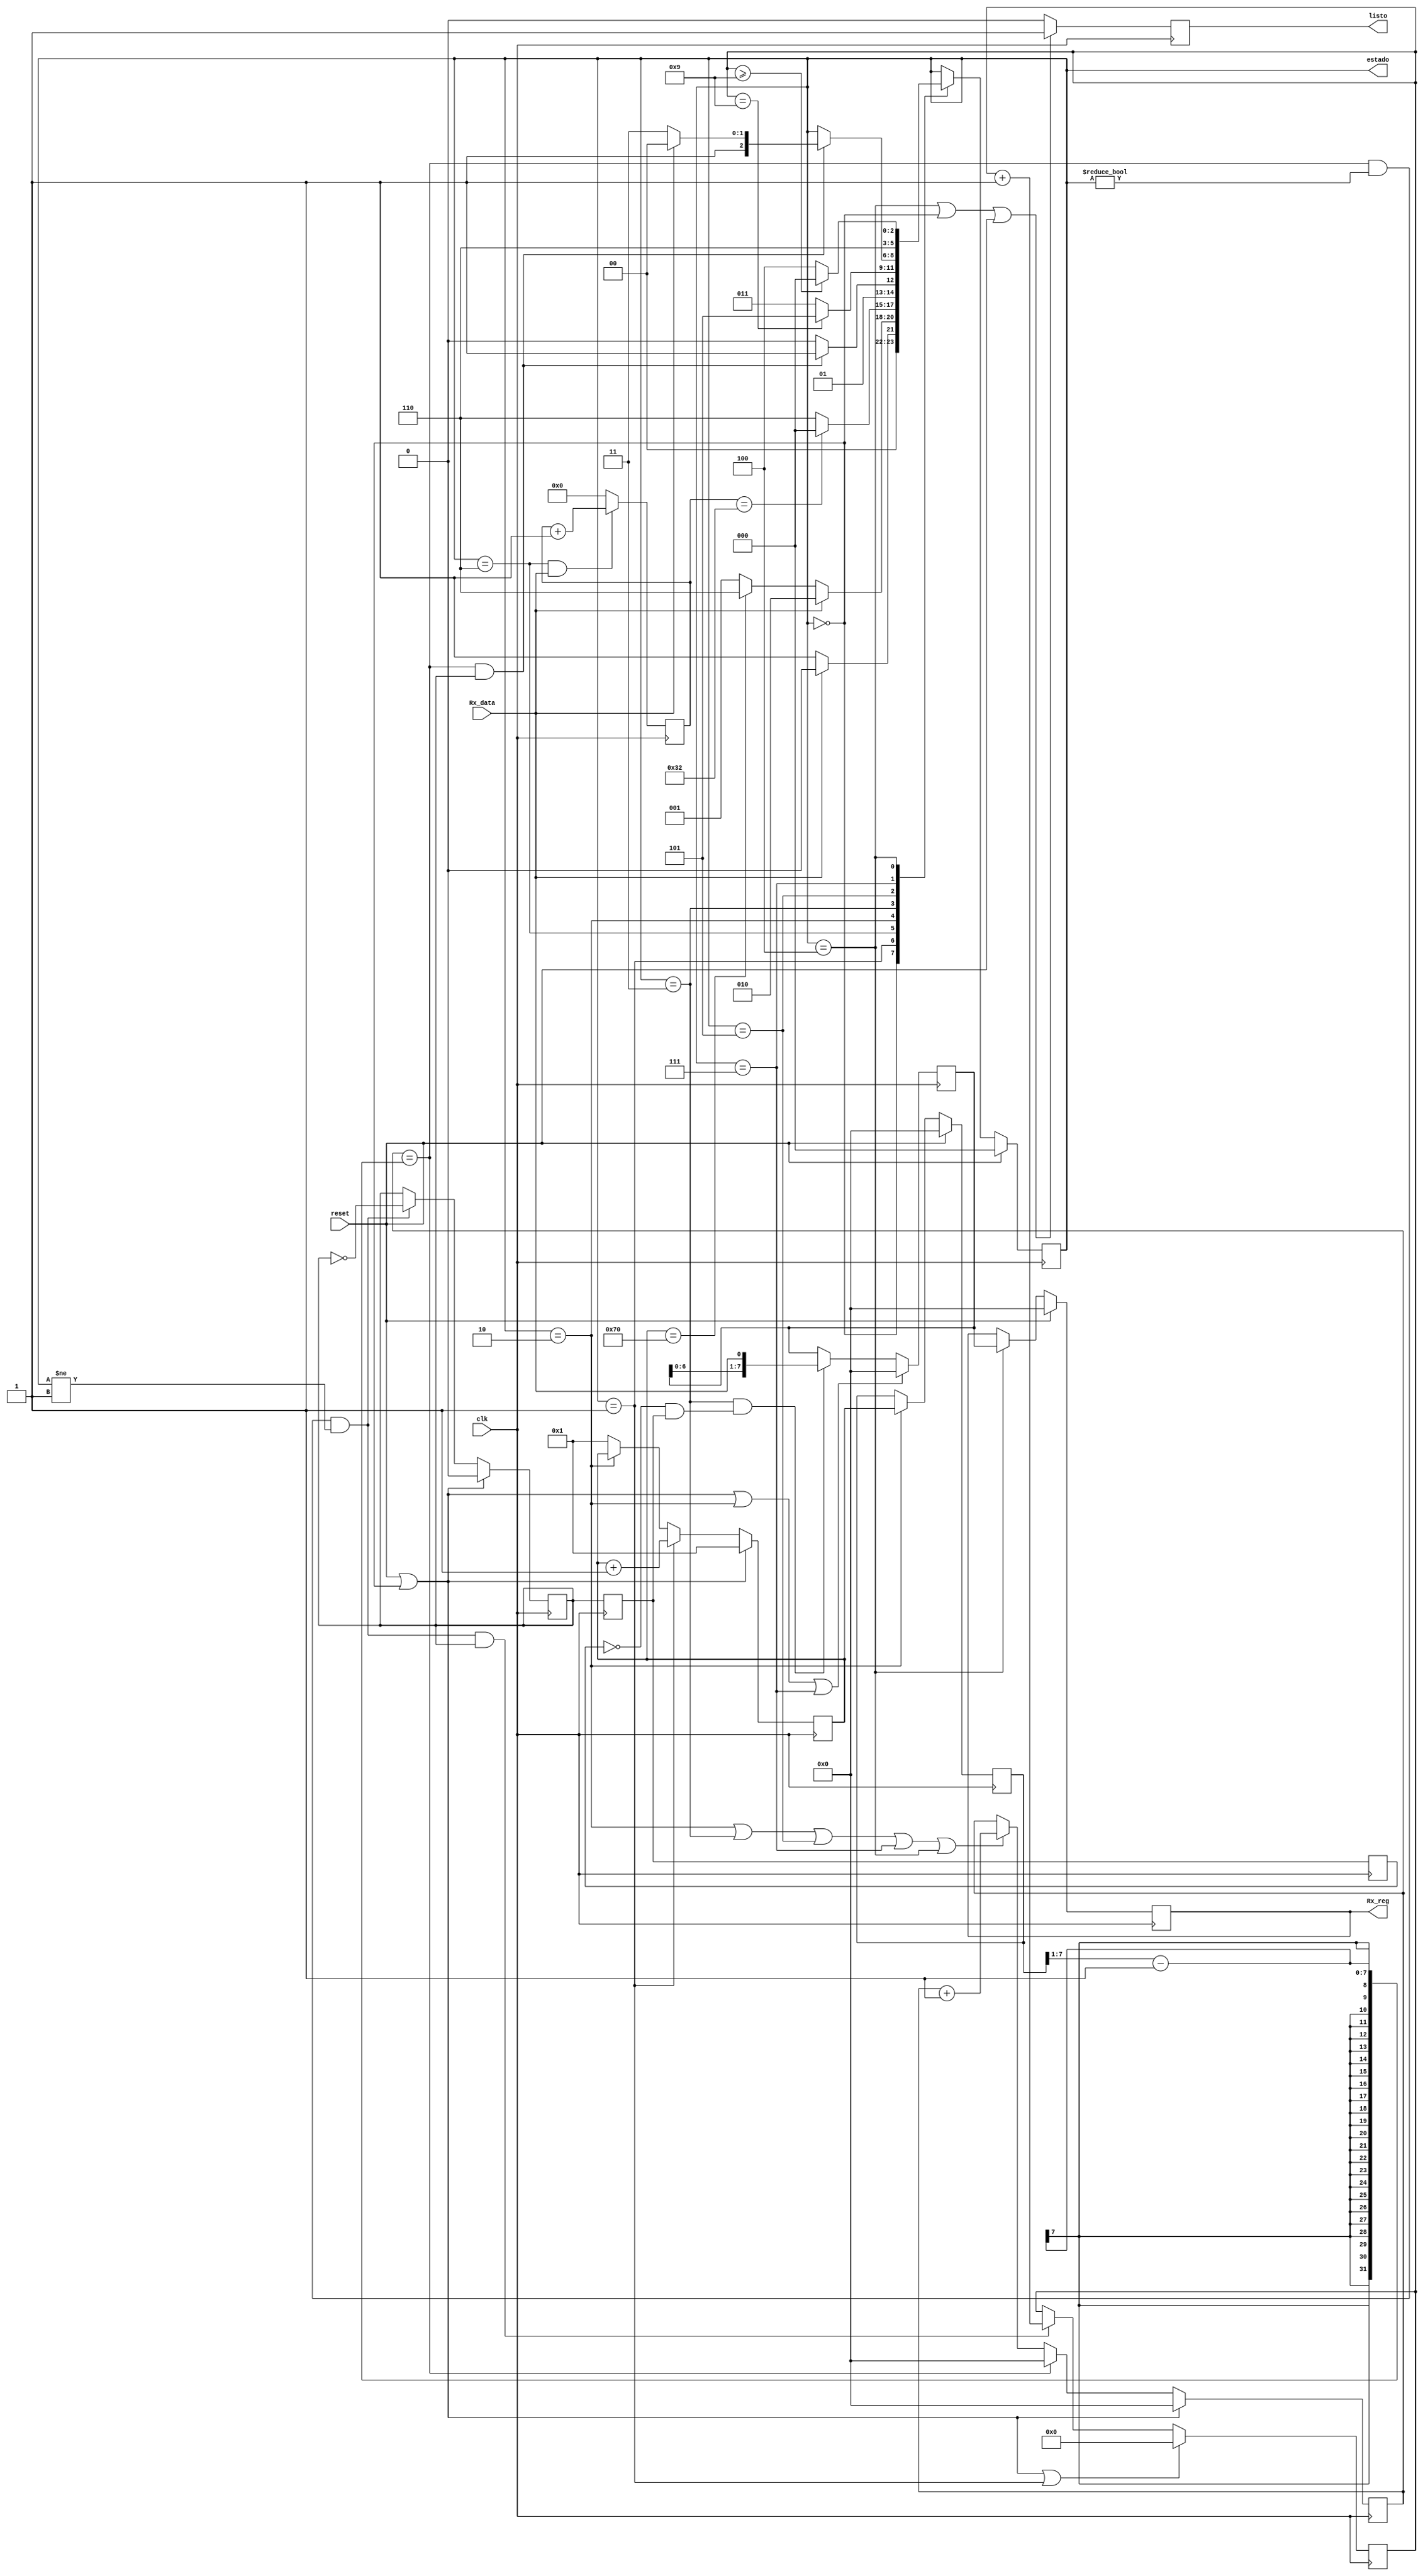



//`timescale 10ns/1ps
//Descripcion del modoulo:Modulo para recibir uart y ajustar reloj de lectura de datos de acuerdo a frecuencia de envio de cada
//microcontrolador, el cual envia datos a 3.3 us de BIT rate. El microcontralor inicia el envio de datos enviando un 0 y luego un 1
//como start bits, luego envia la seal de voltaje del adc en los siguientes 8 bits en donde el MSB se envia primero. Finalmente
//envia un 1 como stop bit y espera 10 us para el siguiente ciclo de datos que es lo que tarda el adc en capturar el voltaje.
//En total el proceso entre cada dato es de 43 us app.
//El modulo captura los 8 bit de acuerdo al protocolo de envio del microcontrolador y los guarda en el registro Rx_reg una vez
//que se termina una adquisicion exitosa. Si esta resulta en error (stop bit no coincide) se descarta y vuelve a esperar el 
//por otra transmision un tiempo dado por el el registro Max_count

module uart_8bit(Rx_data,clk,Rx_reg,reset,listo,estado);
parameter max_count_bit = 7;
parameter espera = 3'b000;
parameter inicio_lectura = 3'b001;//Se detecta bit de inicio de transimion
parameter nuevo_reloj=3'b010;//Estado de ajuste del nuevo reloj basado en los 2 primeros bits de inicio de transmision
parameter escritura = 3'b011;// Estado en donde se reciben los datos y se guardan en un buffer
parameter fin_recepcion = 3'b100;//Estado en donde se termina de recibir, y el modulo enva aviso de que la lectura esta terminada y pasara al modo de espera
parameter check = 3'b101;//Estado en donde se termina de recibir, y el modulo enva aviso de que la lectura esta terminada y pasara al modo de espera
parameter error_lectura = 3'b111;//Estado en donde se termina de recibir, y el modulo enva aviso de que la lectura esta terminada y pasara al modo de espera
parameter sync = 3'b110;//Estado cuando todo sale mal...debo leer 3 unos seguidos
parameter default_count = 7'd50;

parameter espera_error = 5'b00010;//contador del c_nclk hasta volver al estado de espera en caso de error de lectura
parameter start_bit = 1'b0;
parameter start_bit2 = 1'b1;
parameter Max_count = 8'b0111_0000;//80
parameter stop_bit = 1'b1;

output listo;//Flag que avisa cuando se termina de recibir los 8 bits
output [7:0]Rx_reg;
input reset;
input clk;
input Rx_data; //Dato que se recibe desde el micro, se lee en todo momento
output [2:0]estado;



//reg data;
reg [7:0]Rx_total;//Salida y registro donde se almacenan los bits recibidos, se borra una vez comienza el proceso de 

reg[max_count_bit:0]count_clk;//contador que determina nuevo reloj
reg[4:0]count_bit=5'b00000;//Cuenta cada posedge de nclk que coincide con los bits leidos -1
reg [2:0] Rx_state; //Estados que definen comportamiento del modulo
reg [7:0]Rx_reg;//Registro que almacena cada muestra exitosa
initial Rx_reg = 0;
reg listo; //Indica cuando una  medicion esta lista
reg[max_count_bit:0]count_clk2;
reg [max_count_bit:0]reg_count;
initial reg_count = 0;
reg nclk;
reg [4:0]c_nclk; //Contador de numeros de ciclos del nuevo reloj , que seran 20 
reg [6:0]sync_count;//Contador para el nuevo estado
initial sync_count = 0;
assign estado = Rx_state;
reg r1,r2;
initial Rx_state = error_lectura;


always @(posedge clk)r1<=nclk;
always @(posedge clk)r2<= r1;
assign nclk2 = !r2&&r1;
//////// Syncronization
/*
initial sync = 2'b00;
initial DATA = 1'b1;
initial Rx_total = 8'h00;
*/
////////////////
/////////////Determination what data is

//adj_clk

always@(posedge clk)
if(reset||(Rx_state==espera)) 
	count_clk<=1;
else if(Rx_state==inicio_lectura)
	count_clk<=count_clk+1;
else if(Rx_state==nuevo_reloj)
	count_clk<=count_clk;//Dejo de contar y tomo la cantidad para el nuevo reloj
else 
	count_clk<=1;

//Registro que almacena duracin del dato 

always@(posedge clk)
if(reset) 
	reg_count <=0;
else if(Rx_state==nuevo_reloj)
	reg_count<=count_clk;
else 
	reg_count<=reg_count;

//Contador para el nuevo relok nclk

always@(posedge clk)
if(reset||Rx_state==espera)
	count_clk2<=0;
else if(count_clk2==((reg_count>>1)-1)) 
	count_clk2<=0;
else if(Rx_state==nuevo_reloj||Rx_state==escritura||Rx_state==check||Rx_state==error_lectura||Rx_state==fin_recepcion)
	count_clk2<= count_clk2+1;
else
	count_clk2<=count_clk2;

//Nuevo reloj basado en el contador del primer star bit

always@(posedge clk)
if(reset||(Rx_state==espera))
	nclk<=0;
else if(count_clk2==((reg_count>>1)-1)&&Rx_state!=espera&&Rx_state!=inicio_lectura)
	nclk<=~nclk;
else 
	nclk<=nclk;

always@(posedge clk)
if(reset||(Rx_state==espera)||Rx_state==inicio_lectura)
	c_nclk<=0;
else if(count_clk2==((reg_count>>1)-1)&&Rx_state!=espera&&Rx_state!=inicio_lectura&&nclk)
	c_nclk<=c_nclk+1;
else c_nclk<=c_nclk;

always@(posedge clk)
if(Rx_state == sync && Rx_data == 1'b1)sync_count <= sync_count+1;
else sync_count<=0;
	

//Definicion de estados
always@(posedge clk)
if(reset)
	Rx_state <= espera;
else 
	case(Rx_state)
		espera:if(Rx_data==1'b0)//Canto de bajada iniciado
					Rx_state<=inicio_lectura;
				else
					Rx_state<=espera;
		inicio_lectura:if(Rx_data==start_bit2)
						Rx_state<=nuevo_reloj;
					   else if(count_clk ==Max_count)
						Rx_state<=sync;
					   else 
						Rx_state<=inicio_lectura;
		sync:if(sync_count == default_count)
				Rx_state <= espera;
				else Rx_state <= sync;
		nuevo_reloj:if(count_clk2==((reg_count>>1)-1)&&nclk)
						Rx_state<=escritura;
					else
						Rx_state<=nuevo_reloj;
		escritura://Utilizo ciclos del nuevo reloj
				   if(c_nclk==9)
						Rx_state<=check;
				   else
					 Rx_state<=escritura;
		check:if(count_clk2==((reg_count>>1)-1)&&nclk)
					if(Rx_data==stop_bit)
						Rx_state<=fin_recepcion;
					else
						Rx_state<=error_lectura;
		error_lectura://if(c_nclk==espera_error)
						Rx_state<=sync;
					  //else
					   // Rx_state<=error_lectura;
		fin_recepcion:if(c_nclk>=9)
						Rx_state<=espera;
					  else
						Rx_state<=fin_recepcion;
		default:Rx_state<=espera;
		endcase		
		
always@(posedge clk)
if(reset||Rx_state==espera||Rx_state==nuevo_reloj||Rx_state==error_lectura)
	Rx_total<=8'h00;
else if(Rx_state==escritura&&nclk2)
	Rx_total<={Rx_total[6:0],Rx_data};
else
	Rx_total<=Rx_total;
	/*			//////TESTING
always@(negedge nclk)
if(reset||Rx_state==espera||Rx_state==nuevo_reloj||Rx_state==error_lectura)
	data<=0;
else if(Rx_state==escritura)
	data<=Rx_data;
else
	data<=data;			*/	
always@(negedge nclk)
if(reset)count_bit <=0;
else if(Rx_state==escritura)
	count_bit<=count_bit+1;
	else
	count_bit <=0;
				
				
always@(posedge clk)
if(reset)
	Rx_reg <= 8'h00;
else if(Rx_state == fin_recepcion) 
	Rx_reg<=Rx_total;
	//Rx_reg<=reg_count;
else 
	Rx_reg <= Rx_reg;		
	
always@(posedge clk)
if(Rx_state==fin_recepcion||Rx_state==espera||reset)
	listo<=1;
else 
	listo <=0;

endmodule